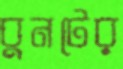
বুনটের